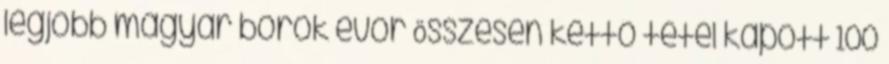
legjobb magyar borok evör Összesen kettő tétel kapott 100